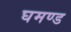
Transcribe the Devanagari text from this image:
घमण्‍ड